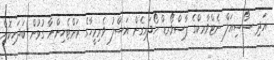
އަދި ސޯސިއަލް ނެޓްވާރކްގެ ޕާސްވޯރޑް ހޯދައިގެން އަސްލު ވެރިމީހާގެ ރަށްޓެހިންނާ ގުޅުން ބަދަހިކޮށް